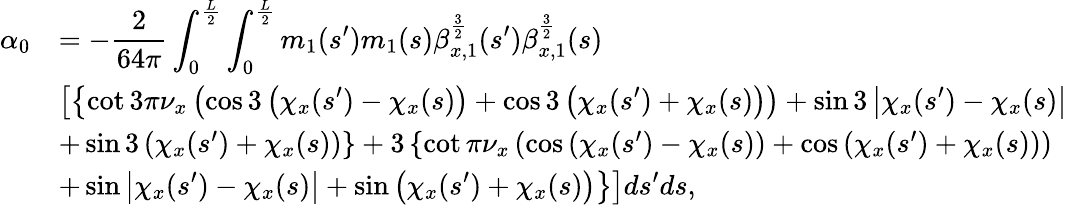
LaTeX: \begin{array}{cl}{\displaystyle\alpha_{0}}&{\displaystyle=-\displaystyle\frac{2}{64\pi}\int_{0}^{\frac{L}{2}}{\int_{0}^{\frac{L}{2}}{m_{1}(s^{\prime})m_{1}(s)\beta_{x,1}^{\frac{3}{2}}(s^{\prime})\beta_{x,1}^{\frac{3}{2}}(s)}}}\\ &{\displaystyle\left[\left\{ \cot{3\pi\nu_{x}}\left(\cos{3\left(\chi_{x}(s^{\prime})-\chi_{x}(s)\right)}+\cos{3\left(\chi_{x}(s^{\prime})+\chi_{x}(s)\right)}\right)+\sin{3\left|\chi_{x}(s^{\prime})-\chi_{x}(s)\right|}\right.\right.}\\ &{\left.\left.+\sin{3\left(\chi_{x}(s^{\prime})+\chi_{x}(s)\right)}\right\} +3\left\{ \cot{\pi\nu_{x}}\left(\cos{\left(\chi_{x}(s^{\prime})-\chi_{x}(s)\right)}+\cos{\left(\chi_{x}(s^{\prime})+\chi_{x}(s)\right)}\right)\right.\right.}\\ &{\displaystyle\left.\left.+\sin{\left|\chi_{x}(s^{\prime})-\chi_{x}(s)\right|}+\sin{\left(\chi_{x}(s^{\prime})+\chi_{x}(s)\right)}\right\} \right]ds^{\prime}ds,}\end{array}